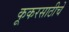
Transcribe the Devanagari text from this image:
कूकरसाठीचे